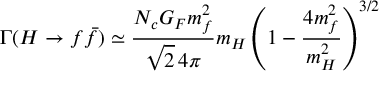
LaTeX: \Gamma ( H \to f \bar { f } ) \simeq \frac { N _ { c } G _ { F } m _ { f } ^ { 2 } } { \sqrt { 2 } \, 4 \pi } m _ { H } \left( 1 - \frac { 4 m _ { f } ^ { 2 } } { m _ { H } ^ { 2 } } \right) ^ { 3 / 2 }